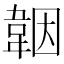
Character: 𩎪